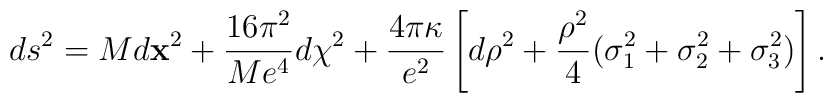
ds^2 = M d{\bf x}^2 + {16\pi^2 \over M e^4} d\chi^2 +      \frac{4 \pi \kappa}{e^2} \left[ d\rho^2       + {\rho^2\over 4} (\sigma_1^2 + \sigma_2^2 + \sigma_3^2) \right] .